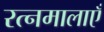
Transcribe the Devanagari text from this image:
रत्नमालाएँ